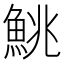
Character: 鮡